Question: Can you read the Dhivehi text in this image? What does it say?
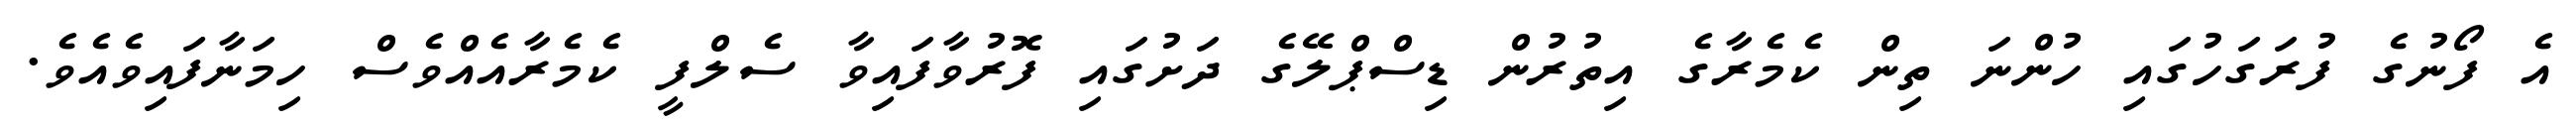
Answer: އެ ފޯނުގެ ފުރަގަހުގައި ހުންނަ ތިން ކެމެރާގެ އިތުރުން ޑިސްޕްލޭގެ ދަށުގައި ފޮރުވާފައިވާ ސެލްފީ ކެމެރާއެއްވެސް ހިމަނާފައިވެއެވެ.